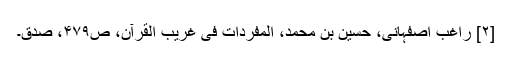
[۲] راغب اصفہانی، حسین بن محمد، المفردات فی غریب القرآن، ص‌۴۷۹، صدق۔